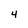
Character: 4